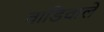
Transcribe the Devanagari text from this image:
वाडिवाले